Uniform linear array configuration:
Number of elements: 64
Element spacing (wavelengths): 1
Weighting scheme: uniform
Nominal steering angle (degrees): -15
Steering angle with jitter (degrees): -15.326
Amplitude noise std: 0.05
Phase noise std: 0.05

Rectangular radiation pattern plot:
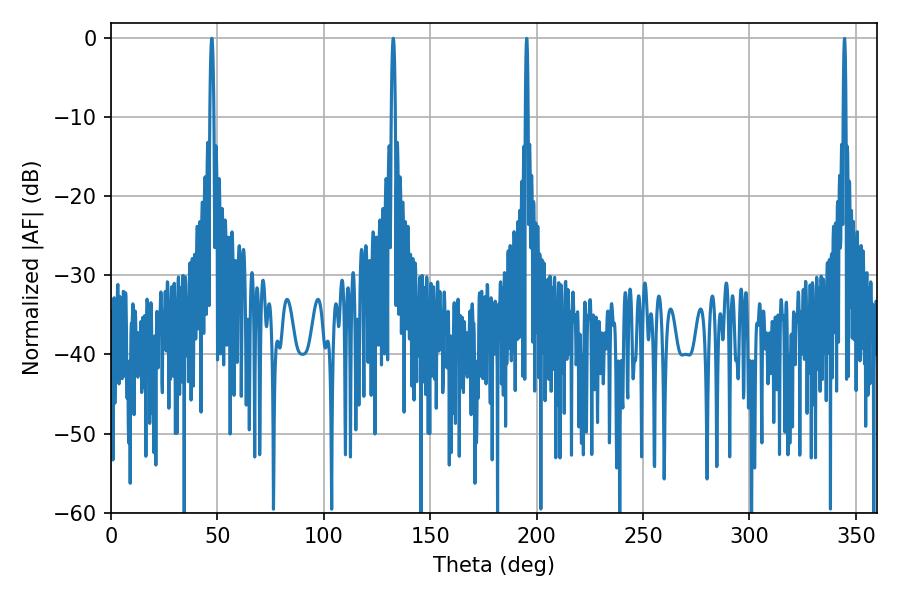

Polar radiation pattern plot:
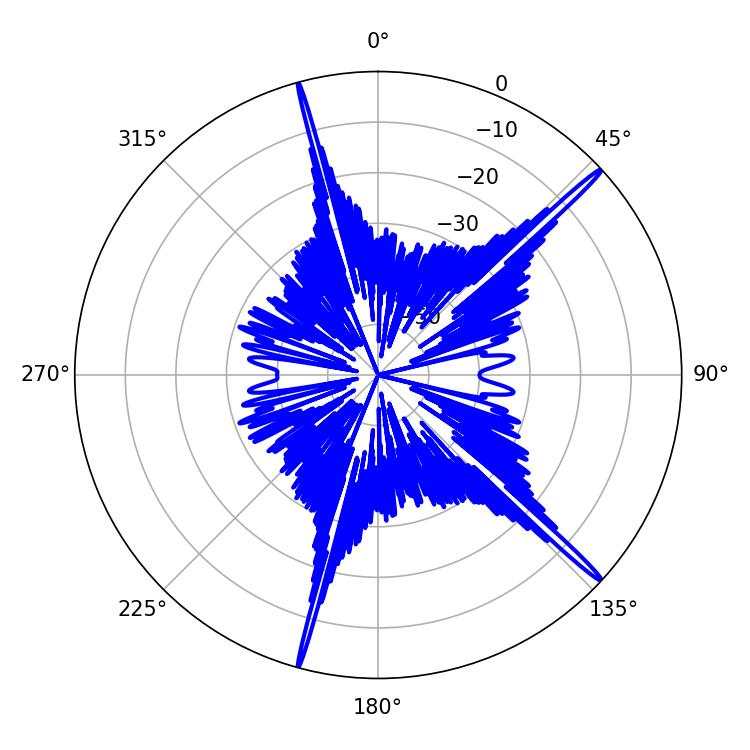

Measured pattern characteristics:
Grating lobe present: TRUE
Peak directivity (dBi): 18.987
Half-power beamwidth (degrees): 1.08
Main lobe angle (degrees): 47.34